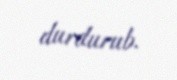
durdurub.